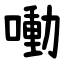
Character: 㗢